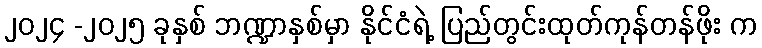
၂၀၂၄ -၂၀၂၅ ခုနှစ် ဘဏ္ဍာနှစ်မှာ နိုင်ငံရဲ့ ပြည်တွင်းထုတ်ကုန်တန်ဖိုး က